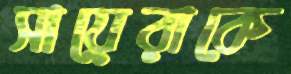
সায়েরাকে